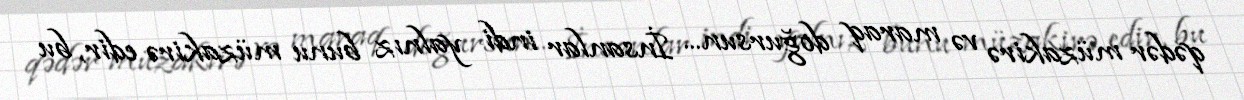
qədər müzakirə və maraq doğursun... İnsanlar indi yalnız bunu müzakirə edir, bu